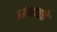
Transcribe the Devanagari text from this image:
संभावते